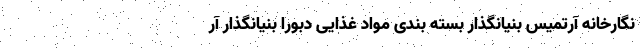
نگارخانه آرتميس بنیانگذار بسته بندی مواد غذایی دبورا بنیانگذار آر